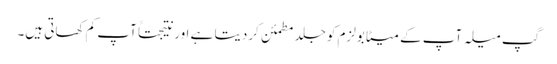
گپ میلہ آپ کے میٹابولزم کو جلد مطمئن کردیتا ہے اور نتیجتاً آپ کم کھاتی ہیں۔